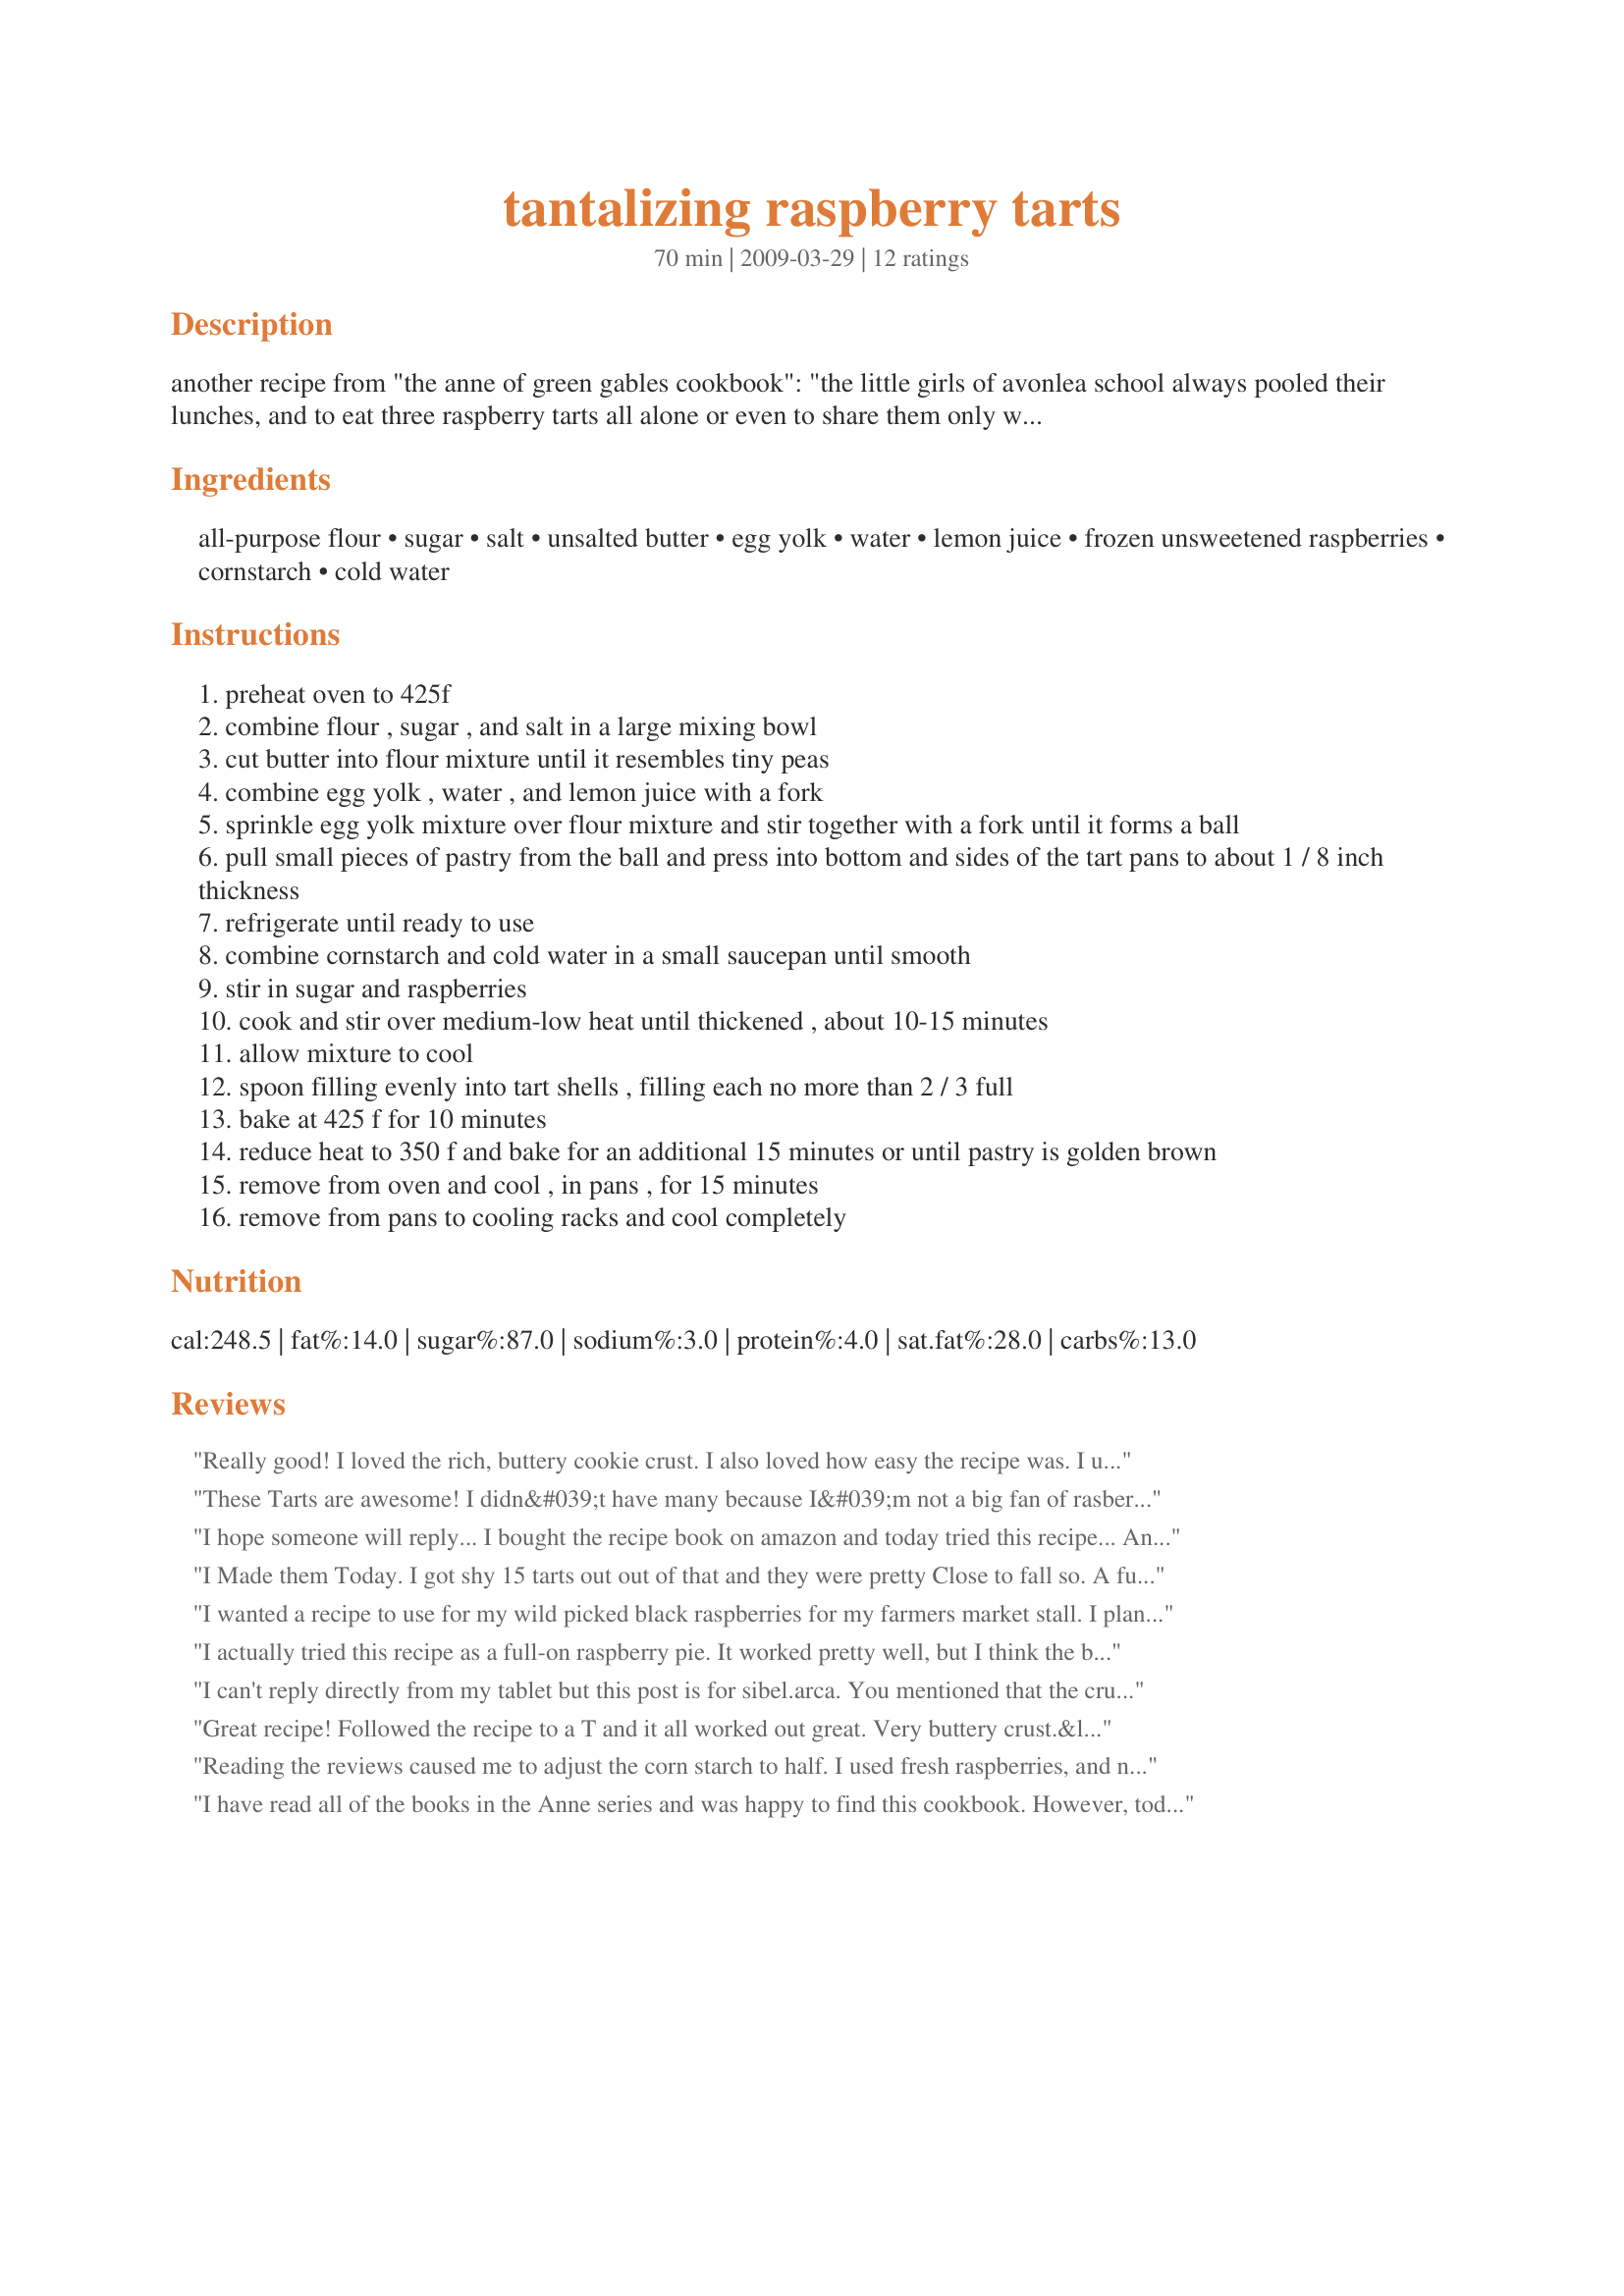
tantalizing raspberry tarts
Preparation time: 70 minutes

another recipe from "the anne of green gables cookbook":

"the little girls of avonlea school always pooled their lunches, and to eat three raspberry tarts all alone or even to share them only with one's best chum would have forever and ever branded as "awful mean" the girl who did it. and yet, when the tarts were divided among ten girls you just got enough to tantalize you. " (from "anne of green gables" by l.m. montgomery).

times are estimated and do not include cooling time beyond the initial 15 minutes (included in cooking time). the original recipe did not specify the size of package of frozen berries, so i guessed a 10 oz package based on the fresh raspberry substitution.

Ingredients:
all-purpose flour, sugar, salt, unsalted butter, egg yolk, water, lemon juice, frozen unsweetened raspberries, cornstarch, cold water

Steps:
preheat oven to 425f
combine flour , sugar , and salt in a large mixing bowl
cut butter into flour mixture until it resembles tiny peas
combine egg yolk , water , and lemon juice with a fork
sprinkle egg yolk mixture over flour mixture and stir together with a fork until it forms a ball
pull small pieces of pastry from the ball and press into bottom and sides of the tart pans to about 1 / 8 inch thickness
refrigerate until ready to use
combine cornstarch and cold water in a small saucepan until smooth
stir in sugar and raspberries
cook and stir over medium-low heat until thickened , about 10-15 minutes
allow mixture to cool
spoon filling evenly into tart shells , filling each no more than 2 / 3 full
bake at 425 f for 10 minutes
reduce heat to 350 f and bake for an additional 15 minutes or until pastry is golden brown
remove from oven and cool , in pans , for 15 minutes
remove from pans to cooling racks and cool completely

Reviews:
Really good! I loved the rich, buttery cookie crust. I also loved how easy the recipe was. I used the frozen berries. I found the filling to be a little too solid with a slight chalky taste of the cornstarch. I did use the recipe to enter in the county fair last week & earned first place!!
These Tarts are awesome! I didn&#039;t have many because I&#039;m not a big fan of rasbersys, but my mother who is sick in bed lovese them and Anne of Green Gables. So these where perfect for her, I listend to the other reviews and only used 2 tablespoons of corn starch, and the filling turned out great. Also I didn&#039;t have a tart pan so I used a cupcake pan it worked great too. Tarts where slitly smaller, but that was nothing. If you do us a cupcake pan remeber to grease it really really well, then you can just slide a fork under the side and pop it out.
I hope someone will reply... I bought the recipe book on amazon and today tried this recipe... And even though it tasted quite well, something went wrong. Firstly, the filling was way too much for the pie crust. I ate half of the filling with a spoon not to waste it. Secondly, my pie crusts were so thin. Like half of the ones in the photo here (or the photo in the book). Thirdly, the pie crusts were soft even after cooked till get golden color. I mean, it was not raw but soft as they were kinda easily broken apart. But still all 12 tarts were eaten by my family because they did not taste bad... Why it happened so? I followed all rules written in the book.
I Made them Today. I got shy 15 tarts out out of that and they were pretty Close to fall so. A full so. Then he also Ran the pastry, turned Brown in the 10 minutes and cooked so, but the recipe seemed very good. A very Nice tasting anyway. And Easy. The only thing different I did is I used a pastry tarts I don't make pastry
I wanted a recipe to use for my wild picked black raspberries for my farmers market stall. I plan to use this same recipe for blackberries and blueberries as well.
I actually tried this recipe as a full-on raspberry pie. It worked pretty well, but I think the buttery crust part is better suited to a tart crust than a pie crust. Still giving this five stars though.
I can't reply directly from my tablet but this post is for sibel.arca. You mentioned that the crust wasn't fully cooked. This might be a silly question, but did you let them sit in the pan for 15 minutes before converting them to the rack? Because they will continue to bake for a few minutes outside of the oven if left in the pans.
Great recipe! Followed the recipe to a T and it all worked out great. Very buttery crust.&lt;br/&gt;&lt;br/&gt;Because I&#039;m gluten free and my husband isn&#039;t, I made both a gluten free version (using Pillsbury GF Pastry) and this recipe. The filling worked out great for both.
Reading the reviews caused me to adjust the corn starch to half. I used fresh raspberries, and needed the full 10 minutes for them to thicken to the right consistency. Like Debbb I used this recipe to enter the local fall fair this weekend, and woot, I took first place with it!
I have read all of the books in the Anne series and was happy to find this cookbook. However, today I tried to make these tarts, wasting a perfectly good container of expensive organic raspberries. Even cooking the filling for less than the time indicated, what I ended up with after they cooled was a very sticky ball of rubber. Warning: If you make these tarts, only cook the filling about 3-5 minutes, not the 10-15 they specify. And for heaven's sake, there is no need to "pull small pieces of the ball and press them evenly against the bottom and sides of each tart (muffin) tin." Next time I would just roll out the dough and use a cookie cutter and make small rounds. Also, the amount of flour in the pastry dough is way off--I needed much more to make it stick together in a ball that you pinch in the aforesaid fashion. (And what the heck is the part where you run a cup of water, remove 6 T., put your butter in it and then drain the water???) (This step appears to have been omitted; I have the actual cookbook). I hope that the next recipe I try not only comes out better, but doesn't have the strange directions.
This is great! My great-aunt used to make tarts like these when she lived on the farm. I cut back the sugar to 1/2 cup and they were still sweeter than we like but good none-the-less. The extra filling was spread on toast and was great as jam.
A fabulous recipe with a lovely rich pastry. A great way to use up fresh in season raspberries, too.
